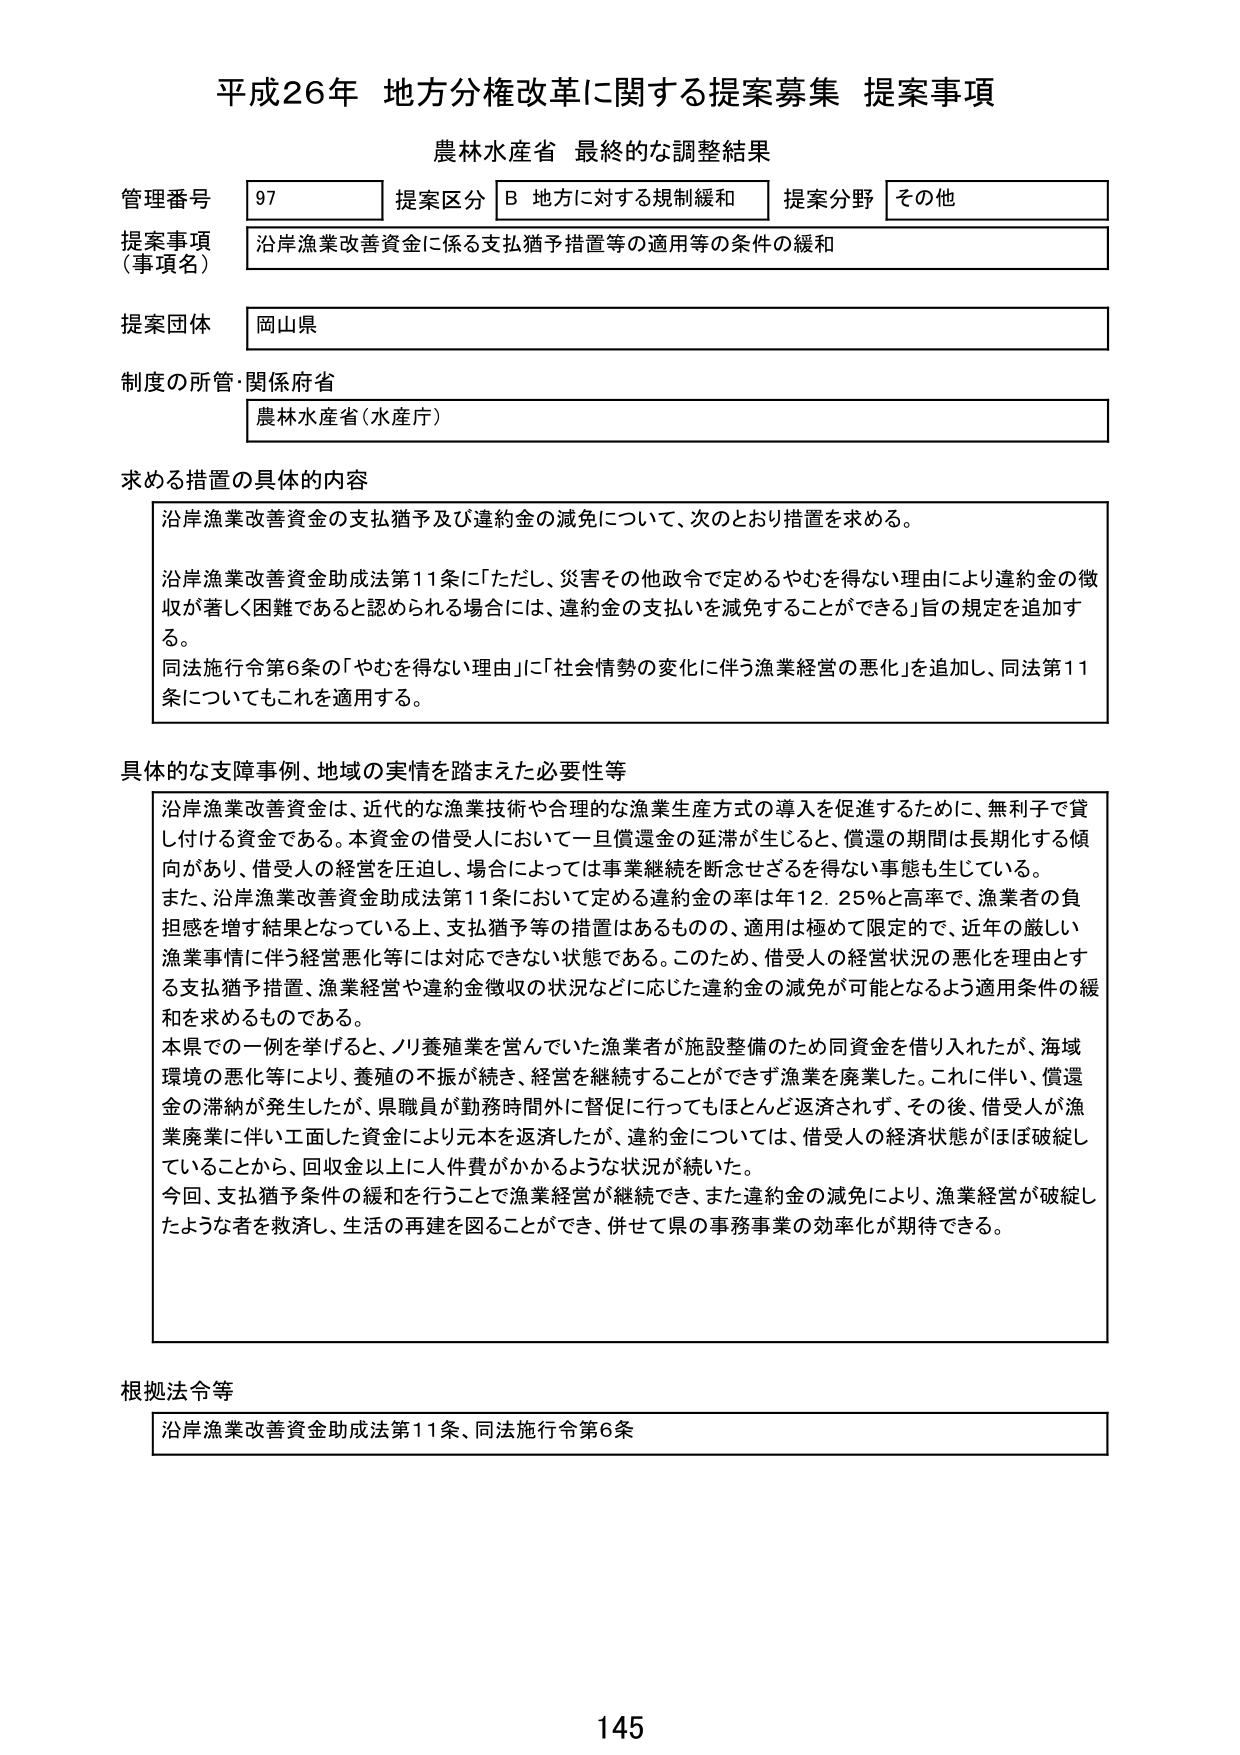
平成26年 地方分権改革に関する提案募集 提案事項
農林水産省 最終的な調整結果

管理番号 97
提案区分 B 地方に対する規制緩和
提案分野 その他

提案事項（事項名）
沿岸漁業改善資金に係る支払猶予措置等の適用等の条件の緩和

提案団体
岡山県

制度の所管・関係府省
農林水産省（水産庁）

求める措置の具体的内容
沿岸漁業改善資金の支払猶予及び違約金の減免について、次のとおり措置を求める。
沿岸漁業改善資金助成法第11条に「ただし、災害その他政令で定めるやむを得ない理由により違約金の徴収が著しく困難であると認められる場合には、違約金の支払いを減免することができる」旨の規定を追加する。
同法施行令第6条の「やむを得ない理由」に「社会情勢の変化に伴う漁業経営の悪化」を追加し、同法第11条についてもこれを適用する。

具体的な支援事例、地域の実情を踏まえた必要性等
沿岸漁業改善資金は、近代的な漁業技術や合理的な漁業生産方式の導入を促進するために、無利子で貸し付ける資金である。本資金の借受人において一旦償還金の延滞が生じると、償還の期間は長期化する傾向があり、借受人の経営を圧迫し、場合によっては事業継続を断念せざるを得ない事態も生じている。
また、沿岸漁業改善資金助成法第11条において定める違約金の率は年12.25％と高率で、漁業者の負担感を増す結果となっている上、支払猶予等の措置はあるものの、適用は極めて限定的で、近年の厳しい漁業事情に伴う経営悪化等には対応できない状態である。このため、借受人の経営状況の悪化を理由とする支払猶予措置、漁業経営や違約金徴収の状況などに応じた違約金の減免が可能となるよう適用条件の緩和を求めるものである。
本県での一例を挙げると、ノリ養殖業を営んでいた漁業者が施設整備のため同資金を借り入れたが、海域環境の悪化等により、養殖の不振が続き、経営を継続することができず漁業を廃業した。これに伴い、償還金の滞納が発生したが、県職員が勤務時間外に督促に行ってもほとんど返済されず、その後、借受人が漁業廃業に伴い工面した資金により元本を返済したが、違約金については、借受人の経済状態がほぼ破綻していることから、回収金以上に人件費がかかるような状況が続いた。
今回、支払猶予条件の緩和を行うことで漁業経営が継続でき、また違約金の減免により、漁業経営が破綻したような者を救済し、生活の再建を図ることができ、併せて県の事務事業の効率化が期待できる。

根拠法令等
沿岸漁業改善資金助成法第11条、同法施行令第6条

145